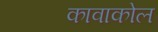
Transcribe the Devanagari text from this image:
कावाकोल